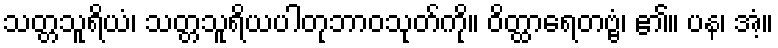
သတ္တသူရိယံ၊ သတ္တသူရိယပါတုဘာဝသုတ်ကို။ ဝိတ္ထာရေတဗ္ဗံ၊ ၏။ ပန၊ အံ့။